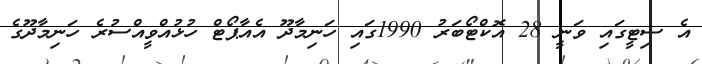
އެ ސިޓީގައި ވަނީ 28 އޮކްޓޯބަރު 1990ގައި ހަނިމާދޫ އެއާޕޯޓް ހުޅުއްވީއްސުރެ ހަނިމާދޫގެ